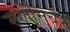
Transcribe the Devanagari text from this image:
स्प्लीनवर